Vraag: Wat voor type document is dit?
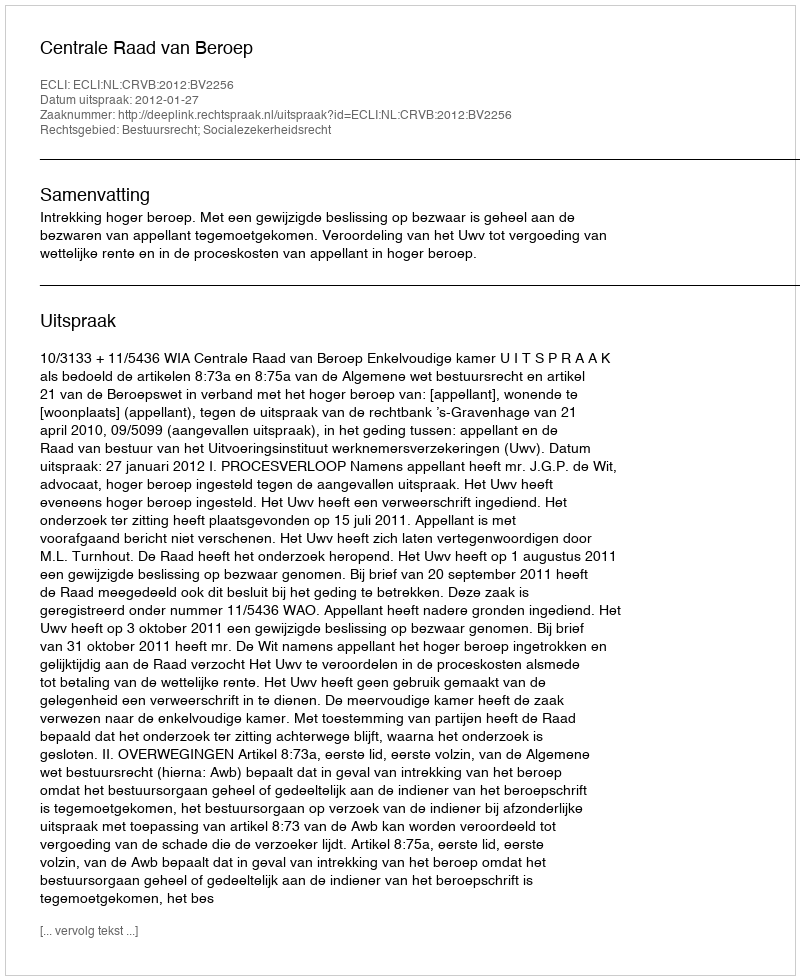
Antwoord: Uitspraak